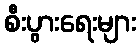
စီးပွားရေးများ